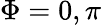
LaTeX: \Phi=0,\pi